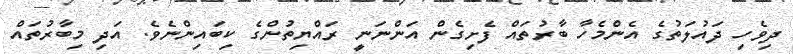
ދިވެހި ދައުލަތުގެ އެންމެހާ ބާރުތައް ފެށިގެން އަންނަނީ ރައްޔިތުންގެ ކިބައިންނެވެ. އަދި މިބާރުތައް